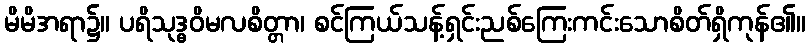
မိမိအရာ၌။ ပရိသုဒ္ဓဝိမလစိတ္တာ၊ စင်ကြယ်သန့်ရှင်းညစ်ကြေးကင်းသောစိတ်ရှိကုန်၏။